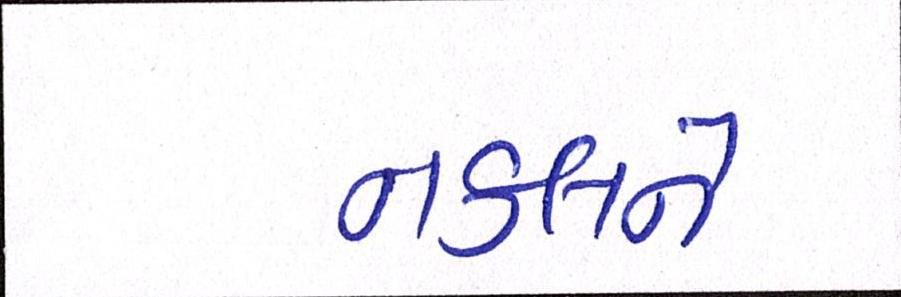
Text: નકલને